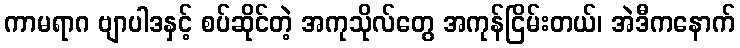
ကာမရာဂ ဗျာပါဒနှင့် စပ်ဆိုင်တဲ့ အကုသိုလ်တွေ အကုန်ငြိမ်းတယ်၊ အဲဒီကနောက်